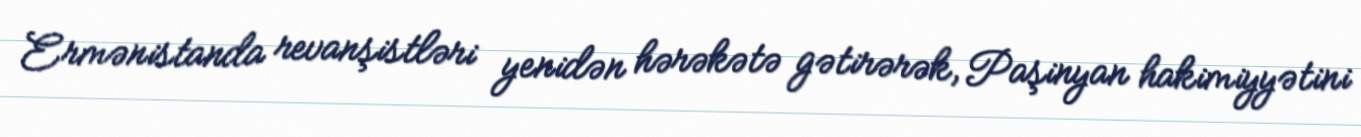
Ermənistanda revanşistləri yenidən hərəkətə gətirərək, Paşinyan hakimiyyətini